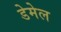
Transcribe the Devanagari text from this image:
डेमेल